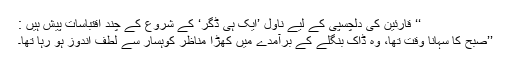
‘‘ قارئین کی دلچسپی کے لیے ناول ’ایک ہی ڈگر‘ کے شروع کے چند اقتباسات پیش ہیں :
’’صبح کا سہانا وقت تھا، وہ ڈاک بنگلے کے برآمدے میں کھڑا مناظر کوہسار سے لطف اندوز ہو رہا تھا۔